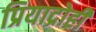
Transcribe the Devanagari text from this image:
प्रियाद्रोही